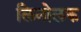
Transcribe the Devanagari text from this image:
लिनोलक